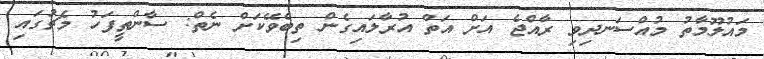
މައުލޫމާތު މުއްސަނދިވި ރާއްޖެ އަށް އަތް އުރާލައިގެން ތިބެވޭކަށް ނެތް: ސާންތީފަހު މެޗުގައި